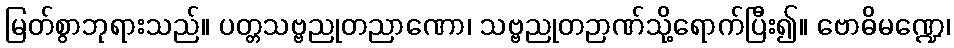
မြတ်စွာဘုရားသည်။ ပတ္တသဗ္ဗညုတညာဏော၊ သဗ္ဗညုတဉာဏ်သို့ရောက်ပြီး၍။ ဗောဓိမဏ္ဍေ၊